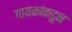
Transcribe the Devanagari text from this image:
गायकांकडुन